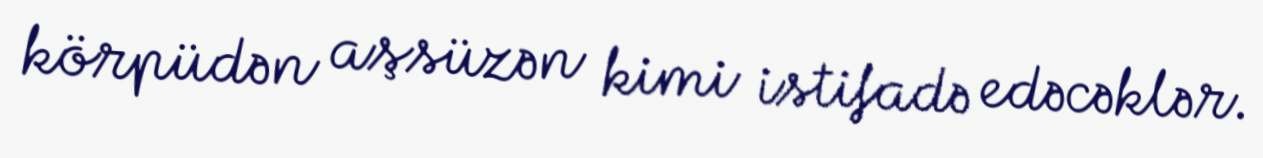
körpüdən aşsüzən kimi istifadə edəcəklər.